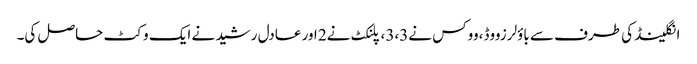
انگلینڈ کی طرف سے باؤلرزووڈ،ووکس نے3،3 ، پلنکٹ نے2 اور عادل رشید نے ایک وکٹ حاصل کی۔